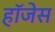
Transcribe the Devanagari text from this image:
हॉजेस